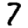
Digit: 7